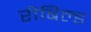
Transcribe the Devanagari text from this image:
रीबिल्ड